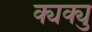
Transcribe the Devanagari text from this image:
क्यक्यु